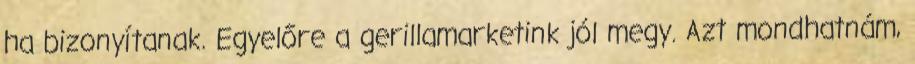
ha bizonyítanak. Egyelőre a gerillamarketink jól megy. Azt mondhatnám,